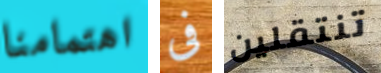
اهتمامنا فى تنتقلين